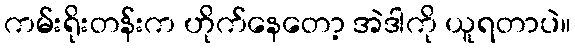
ကမ်းရိုးတန်းက ဟိုက်နေတော့ အဲဒါကို ယူရတာပဲ။